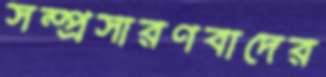
সম্প্রসারণবাদের